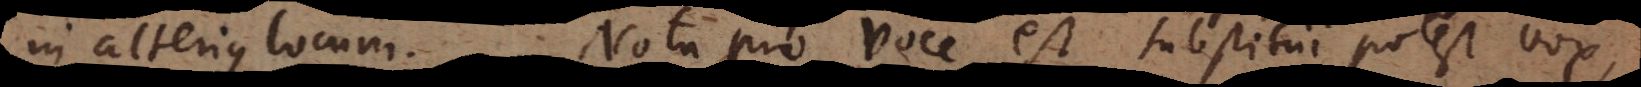
in alterius locum. Nota pro voce est substitui potest vox